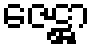
ဇေဋ္ဌာ